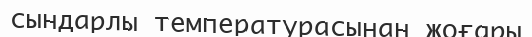
сындарлы температурасынан жоғары